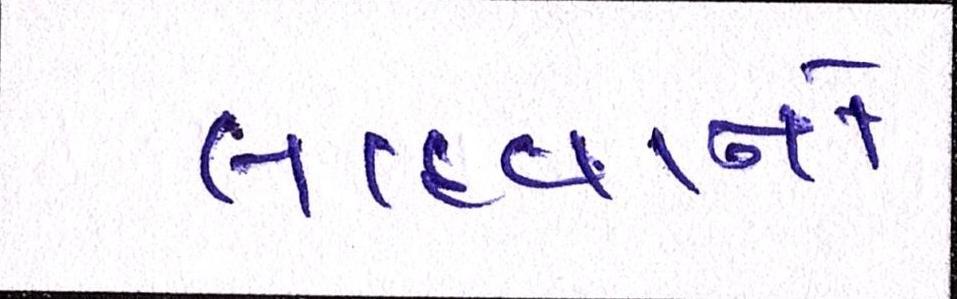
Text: લાદવાનો